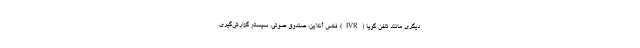
دیگری مانند تلفن گویا (IVR)، فکس آنلاین،‌ صندوق صوتی، سیستم گزارش‌گیری